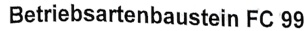
Text: Betriebsartenbaustein FC 99